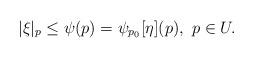
LaTeX: \begin{align*} |\xi|_p \le \psi(p) = \psi_{p_0}[\eta](p), \ p \in U.\end{align*}